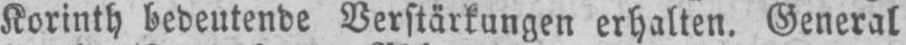
Korinth bedeutende Verstärkungen erhalten. General